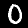
Label: 0